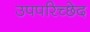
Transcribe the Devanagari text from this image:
उपपरिच्छेद